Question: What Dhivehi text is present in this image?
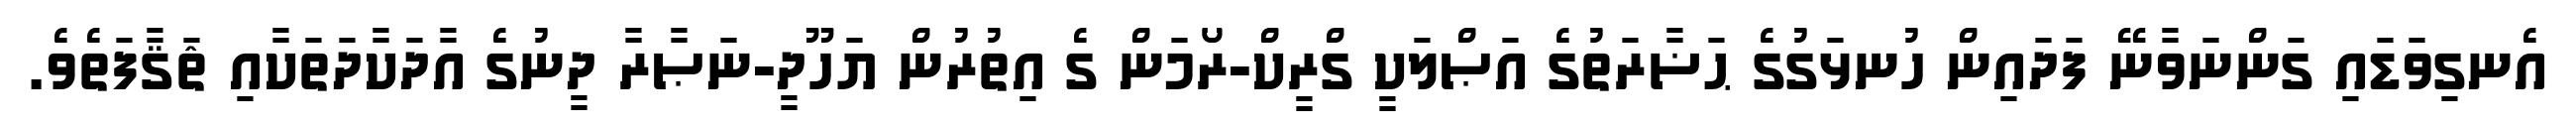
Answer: އެނގިވަޑައި ގަންނަވާނޭ ފަދައިން ހުނޅަގުގެ ޙަޟާރަތުގެ އަޞްލަކީ ގްރީކް-ރޯމަން ގެ އިތުރުން ޔަހޫދީ-ނަޞާރާ ދީނުގެ އާދަކާދަތަކާއި ޘަޤާފަތެވެ.